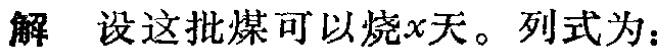
解 设这批煤可以烧\(x\)天。列式为：